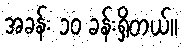
အခန်း ၁၀ ခန်းရှိတယ်။